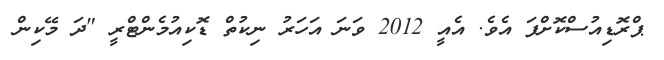
ޕްރޮޑިއުސްކޮށްފަ އެވެ. އެއީ 2012 ވަނަ އަހަރު ނިކުތް ޑޮކިއުމެންޓްރީ "ދަ މޭކިން